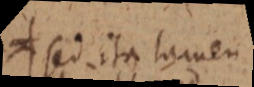
_ sed ita tamen